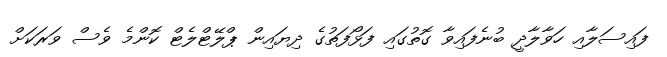
ފައިސަލާއި ހަވާލާދީ ބުނެފައިވާ ގޮތުގައި ފަޅޯފަތުގެ ދިޔައިން ޕްލޭޓްލެޓް ކޮންމެ ވެސް ވަރަކަށް